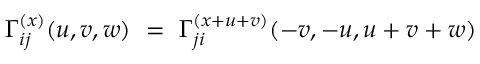
{ \Gamma } _ { i j } ^ { ( x ) } ( u , v , w ) \ = \ { \Gamma } _ { j i } ^ { ( x + u + v ) } ( - v , - u , u + v + w )